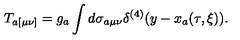
T _ { a [ \mu \nu ] } = g _ { a } \int d \sigma _ { a \mu \nu } \delta ^ { ( 4 ) } ( y - x _ { a } ( \tau , \xi ) ) .